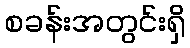
စခန်းအတွင်းရှိ